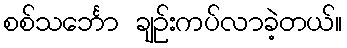
စစ်သင်္ဘော ချဉ်းကပ်လာခဲ့တယ်။